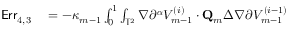
\begin{array} { r l } { \mathsf { E r r } _ { 4 , 3 } } & { { } = - \kappa _ { m - 1 } \int _ { 0 } ^ { 1 } \int _ { \ensuremath { \mathbb { T } } ^ { 2 } } \nabla \partial ^ { \boldsymbol { \alpha } } V _ { m - 1 } ^ { ( i ) } \cdot { \mathbf { Q } } _ { m } \Delta \nabla \partial ^ { \aa } V _ { m - 1 } ^ { ( i - 1 ) } } \end{array}